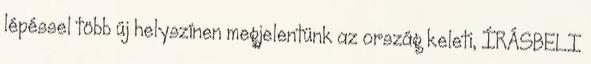
lépéssel több új helyszínen megjelentünk az ország keleti, ÍRÁSBELI